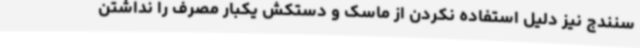
سنندج نیز دلیل استفاده نکردن از ماسک و دستکش یکبار مصرف را نداشتن